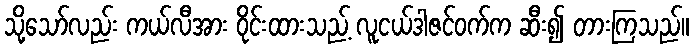
သို့သော်လည်း ကယ်လီအား ဝိုင်းထားသည့် လူငယ်ဒါဇင်ဝက်က ဆီး၍ တားကြသည်။